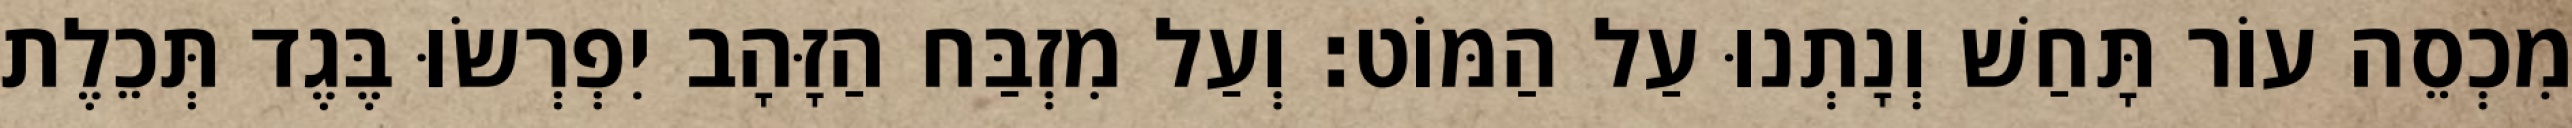
מִכְסֵה עוֹר תָּחַשׁ וְנָתְנוּ עַל הַמּוֹט׃ וְעַל מִזְבַּח הַזָּהָב יִפְרְשׂוּ בֶּגֶד תְּכֵלֶת